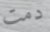
دمت